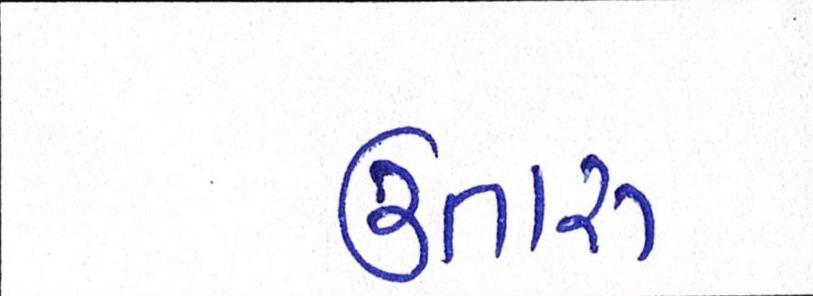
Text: ઉતારુ